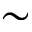
\sim